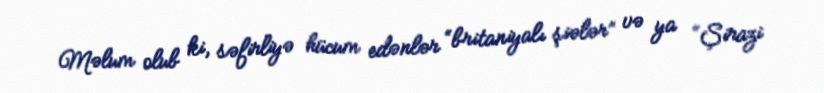
Məlum olub ki, səfirliyə hücum edənlər “britaniyalı şiələr” və ya “Şirazi